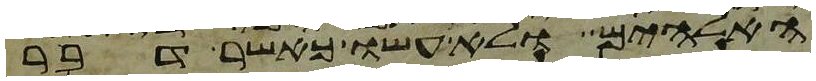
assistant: האלהים ולא עשו כאשר דבר